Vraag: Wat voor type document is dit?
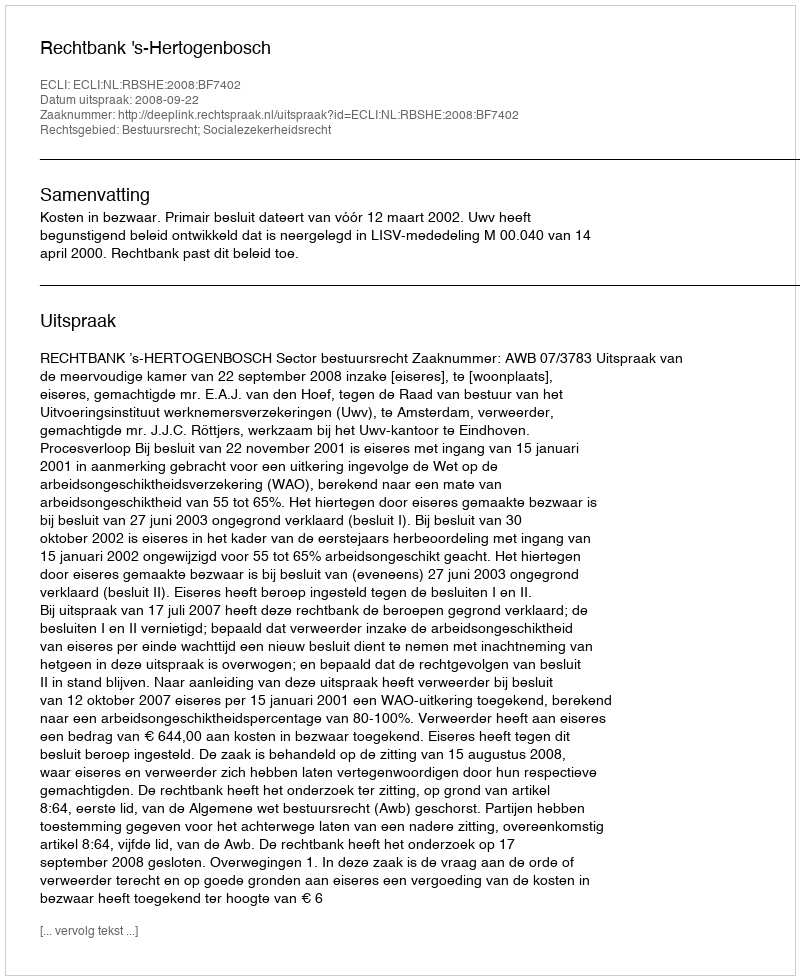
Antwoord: Uitspraak